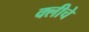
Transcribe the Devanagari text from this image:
क्लीचे